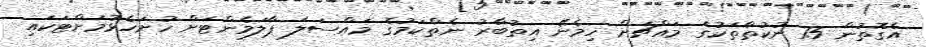
އެގޮތުން 15 ނުކުތާތަކުގެ މައްޗަށް ހިމެނޭ އިތުބާރު ނެތްކަމުގެ މައްސަލަ ޕާލަމެންޓަށް ހުށަހެޅުމަށްޓަކައި